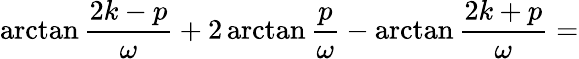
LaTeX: \arctan\frac{2k-p}{\omega}+2\arctan\frac{p}{\omega}-\arctan\frac{2k+p}{\omega}=